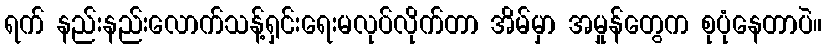
ရက် နည်းနည်းလောက်သန့်ရှင်းရေးမလုပ်လိုက်တာ အိမ်မှာ အမှုန်တွေက စုပုံနေတာပဲ။